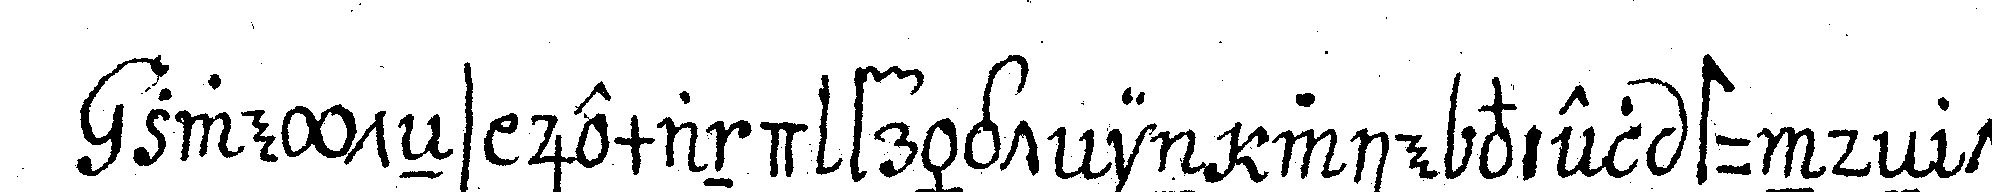
zweyteNs jemand frägt in wie viel stundeN ta